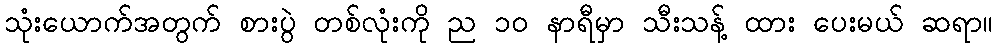
သုံးယောက်အတွက် စားပွဲ တစ်လုံးကို ည ၁၀ နာရီမှာ သီးသန့် ထား ပေးမယ် ဆရာ။